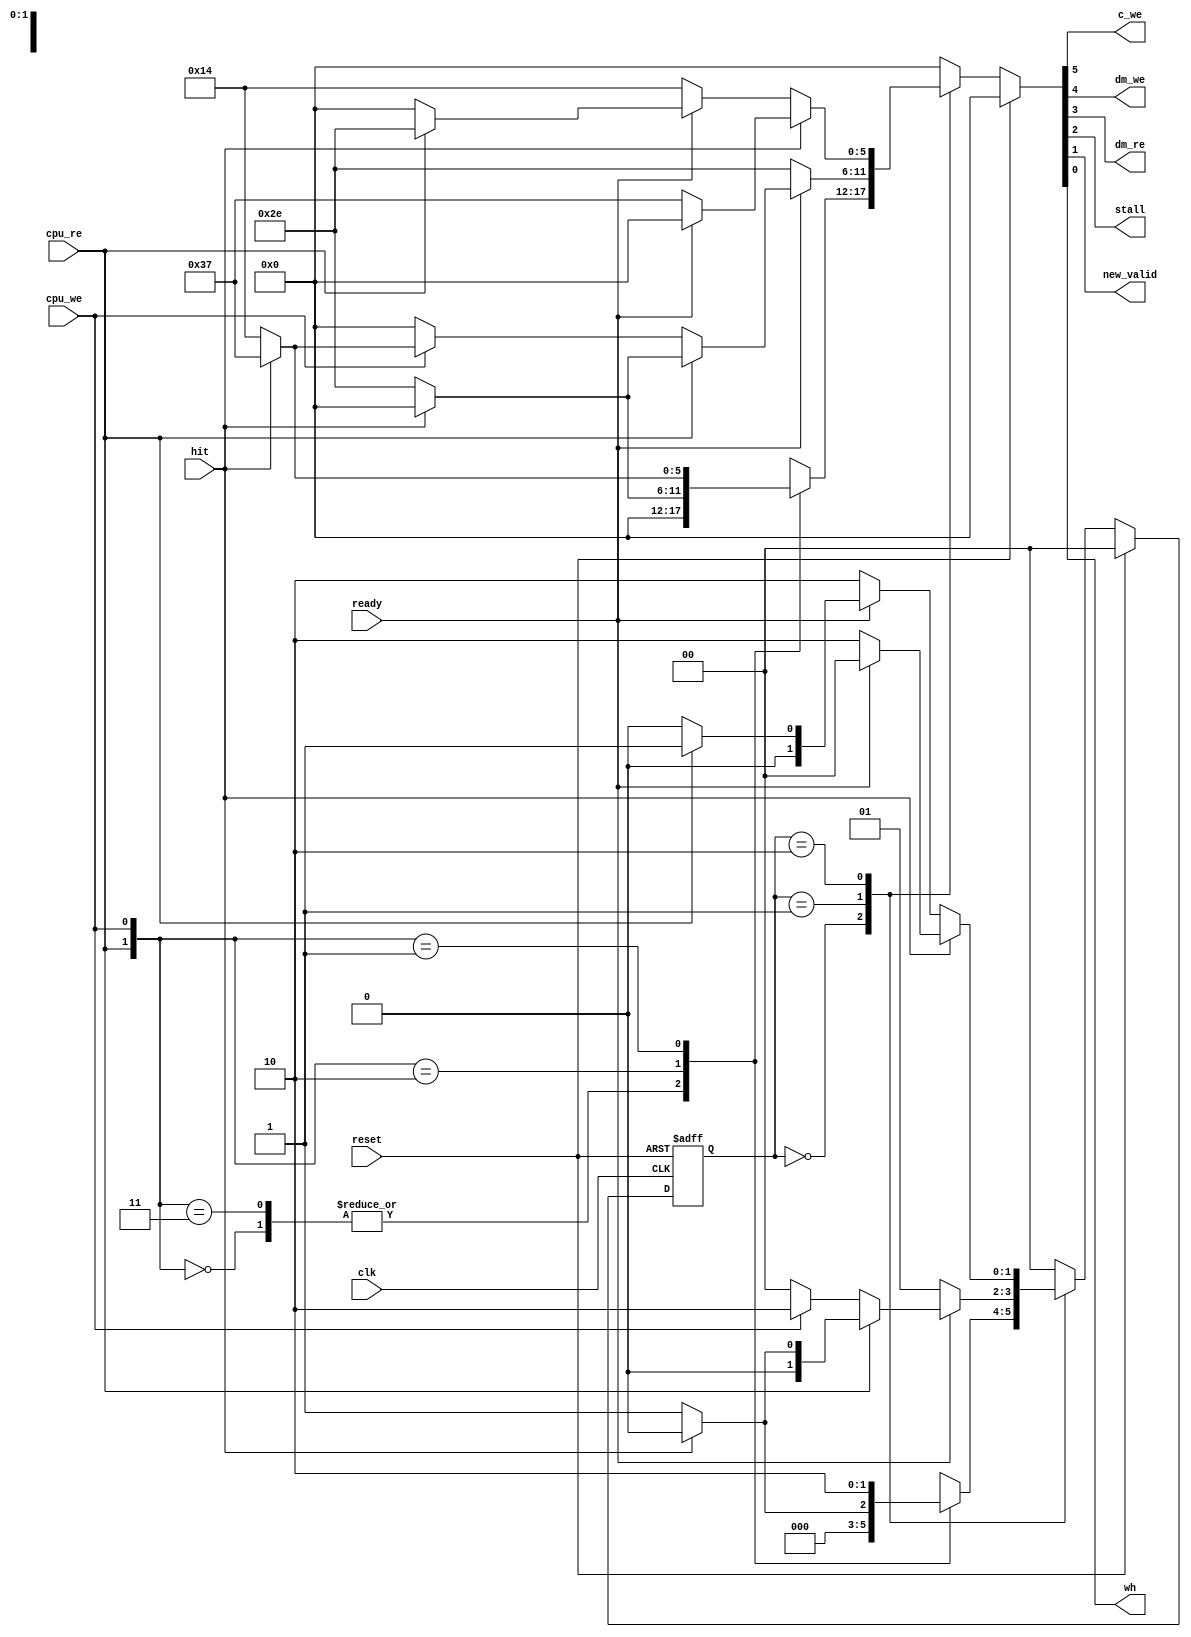
//cache controller
module cache_controller (input clk, reset, cpu_we, cpu_re, ready, hit,
						 output c_we, dm_we, dm_re, stall, new_valid, wh);
reg [5:0] signals; 
assign {c_we, dm_we, dm_re, stall, new_valid, wh}= signals;	
							 
localparam[1:0]idel=2'b00;
localparam[1:0]read=2'b01;
localparam[1:0]write=2'b10;

reg [1:0] c_state_reg;	
reg [1:0] n_state_reg;

always@(negedge clk , posedge reset)
begin
if(reset)
c_state_reg <= idel;
else
c_state_reg <= n_state_reg;
end

//signals>>>{c_we,   dm_we,    dm_re,   stall,   new_valid,    wh}
always@(*)
begin
///////////////////////////////////////////////////////////////////////////
if(reset) begin n_state_reg=idel; signals=6'b0_0_0_0_0_0; end 
else begin
case(c_state_reg)
idel:
begin
		case({cpu_re,cpu_we})
				//no_read_neigther_write
				2'b00: begin n_state_reg=idel; signals=6'b0_0_0_0_0_0; end 
				//invalied
				2'b11: begin n_state_reg=idel; signals=6'b0_0_0_0_0_0; end 
				//read
				2'b10: begin                       
								if(hit) begin n_state_reg=idel; signals=6'b0_0_0_0_0_0; end       
								else    begin n_state_reg=read; signals=6'b1_0_1_1_1_0; end  
					   end		
				//write						
				2'b01:begin                       
								if(hit) begin n_state_reg=write; signals=6'b1_1_0_1_1_1; end
								else    begin n_state_reg=write; signals=6'b0_1_0_1_0_0; end  
					   end	
			  default:begin n_state_reg=idel;  signals=6'b0_0_0_0_0_0; end
		endcase				   			 
end	
////////////////////////////////////////////////////////////////////////////
read:
begin 
		if(ready) begin 

                      if(cpu_re) begin  
                                            if(hit) begin n_state_reg=idel; signals=6'b0_0_0_0_0_0; end
								            else    begin n_state_reg=read; signals=6'b1_0_1_1_1_0; end 
						           end
						
                       else if(cpu_we) begin  
                                                if(hit) begin n_state_reg=write; signals=6'b1_1_0_1_1_1;end
								                else    begin n_state_reg=write; signals=6'b0_1_0_1_0_0; end  
						               end

					   else             begin   n_state_reg=idel; signals=6'b0_0_0_0_0_0; end

				  end
		else      begin n_state_reg=read; signals=6'b1_0_1_1_1_0; end  
			
end
///////////////////////////////////////////////////////////////////////////
write:
begin  
	if(hit) begin 
			if(ready) begin
							if(!cpu_re) begin	n_state_reg=idel;  signals=6'b0_0_0_0_0_0; end 
								else begin if(hit) begin n_state_reg=idel; signals=6'b0_0_0_0_0_0; end      
										   else    begin n_state_reg=read; signals=6'b1_0_1_1_1_0; end    
									 end
					     end

			else      begin n_state_reg=write; signals=6'b1_1_0_1_1_1; end			
    		end
    else 	begin       
				if(ready) begin
							if(!cpu_re) begin	n_state_reg=idel;  signals=6'b0_0_0_0_0_0; end 
								else begin if(hit) begin n_state_reg=idel; signals=6'b0_0_0_0_0_0; end      
											else    begin n_state_reg=read; signals=6'b1_0_1_1_1_0; end    
									 end
					       end

				else      begin n_state_reg=write; signals=6'b0_1_0_1_0_0; end			
    		end
end
default:begin n_state_reg=idel; signals=6'b0_0_0_0_0_0; end 
endcase
/////////////////////////////////////////////////////////////////////////// 		  
end 
end								 
						  
endmodule